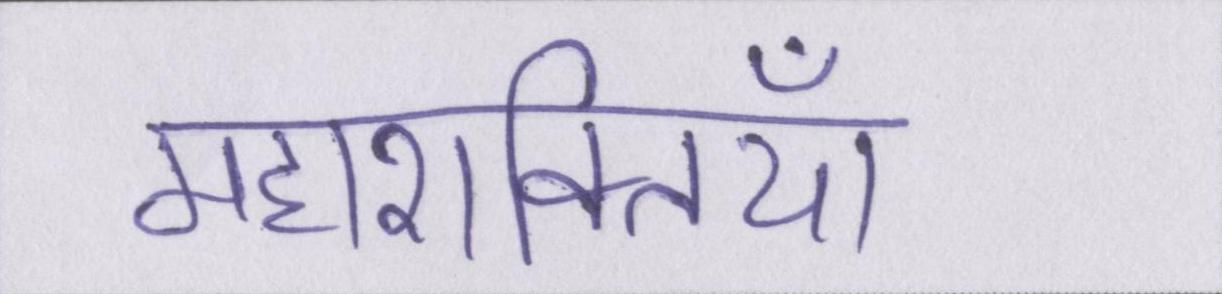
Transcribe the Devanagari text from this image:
महाशक्तियां